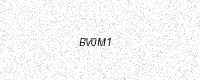
Text: BV0M1